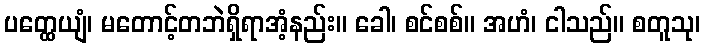
ပတ္ထေယျံ၊ မတောင့်တဘဲရှိရာအံ့နည်း။ ခေါ၊ စင်စစ်။ အဟံ၊ ငါသည်။ စတူသု၊